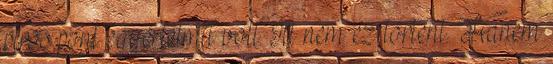
piros pont egyértelmű volt. Itt nem ez történt. Hanem